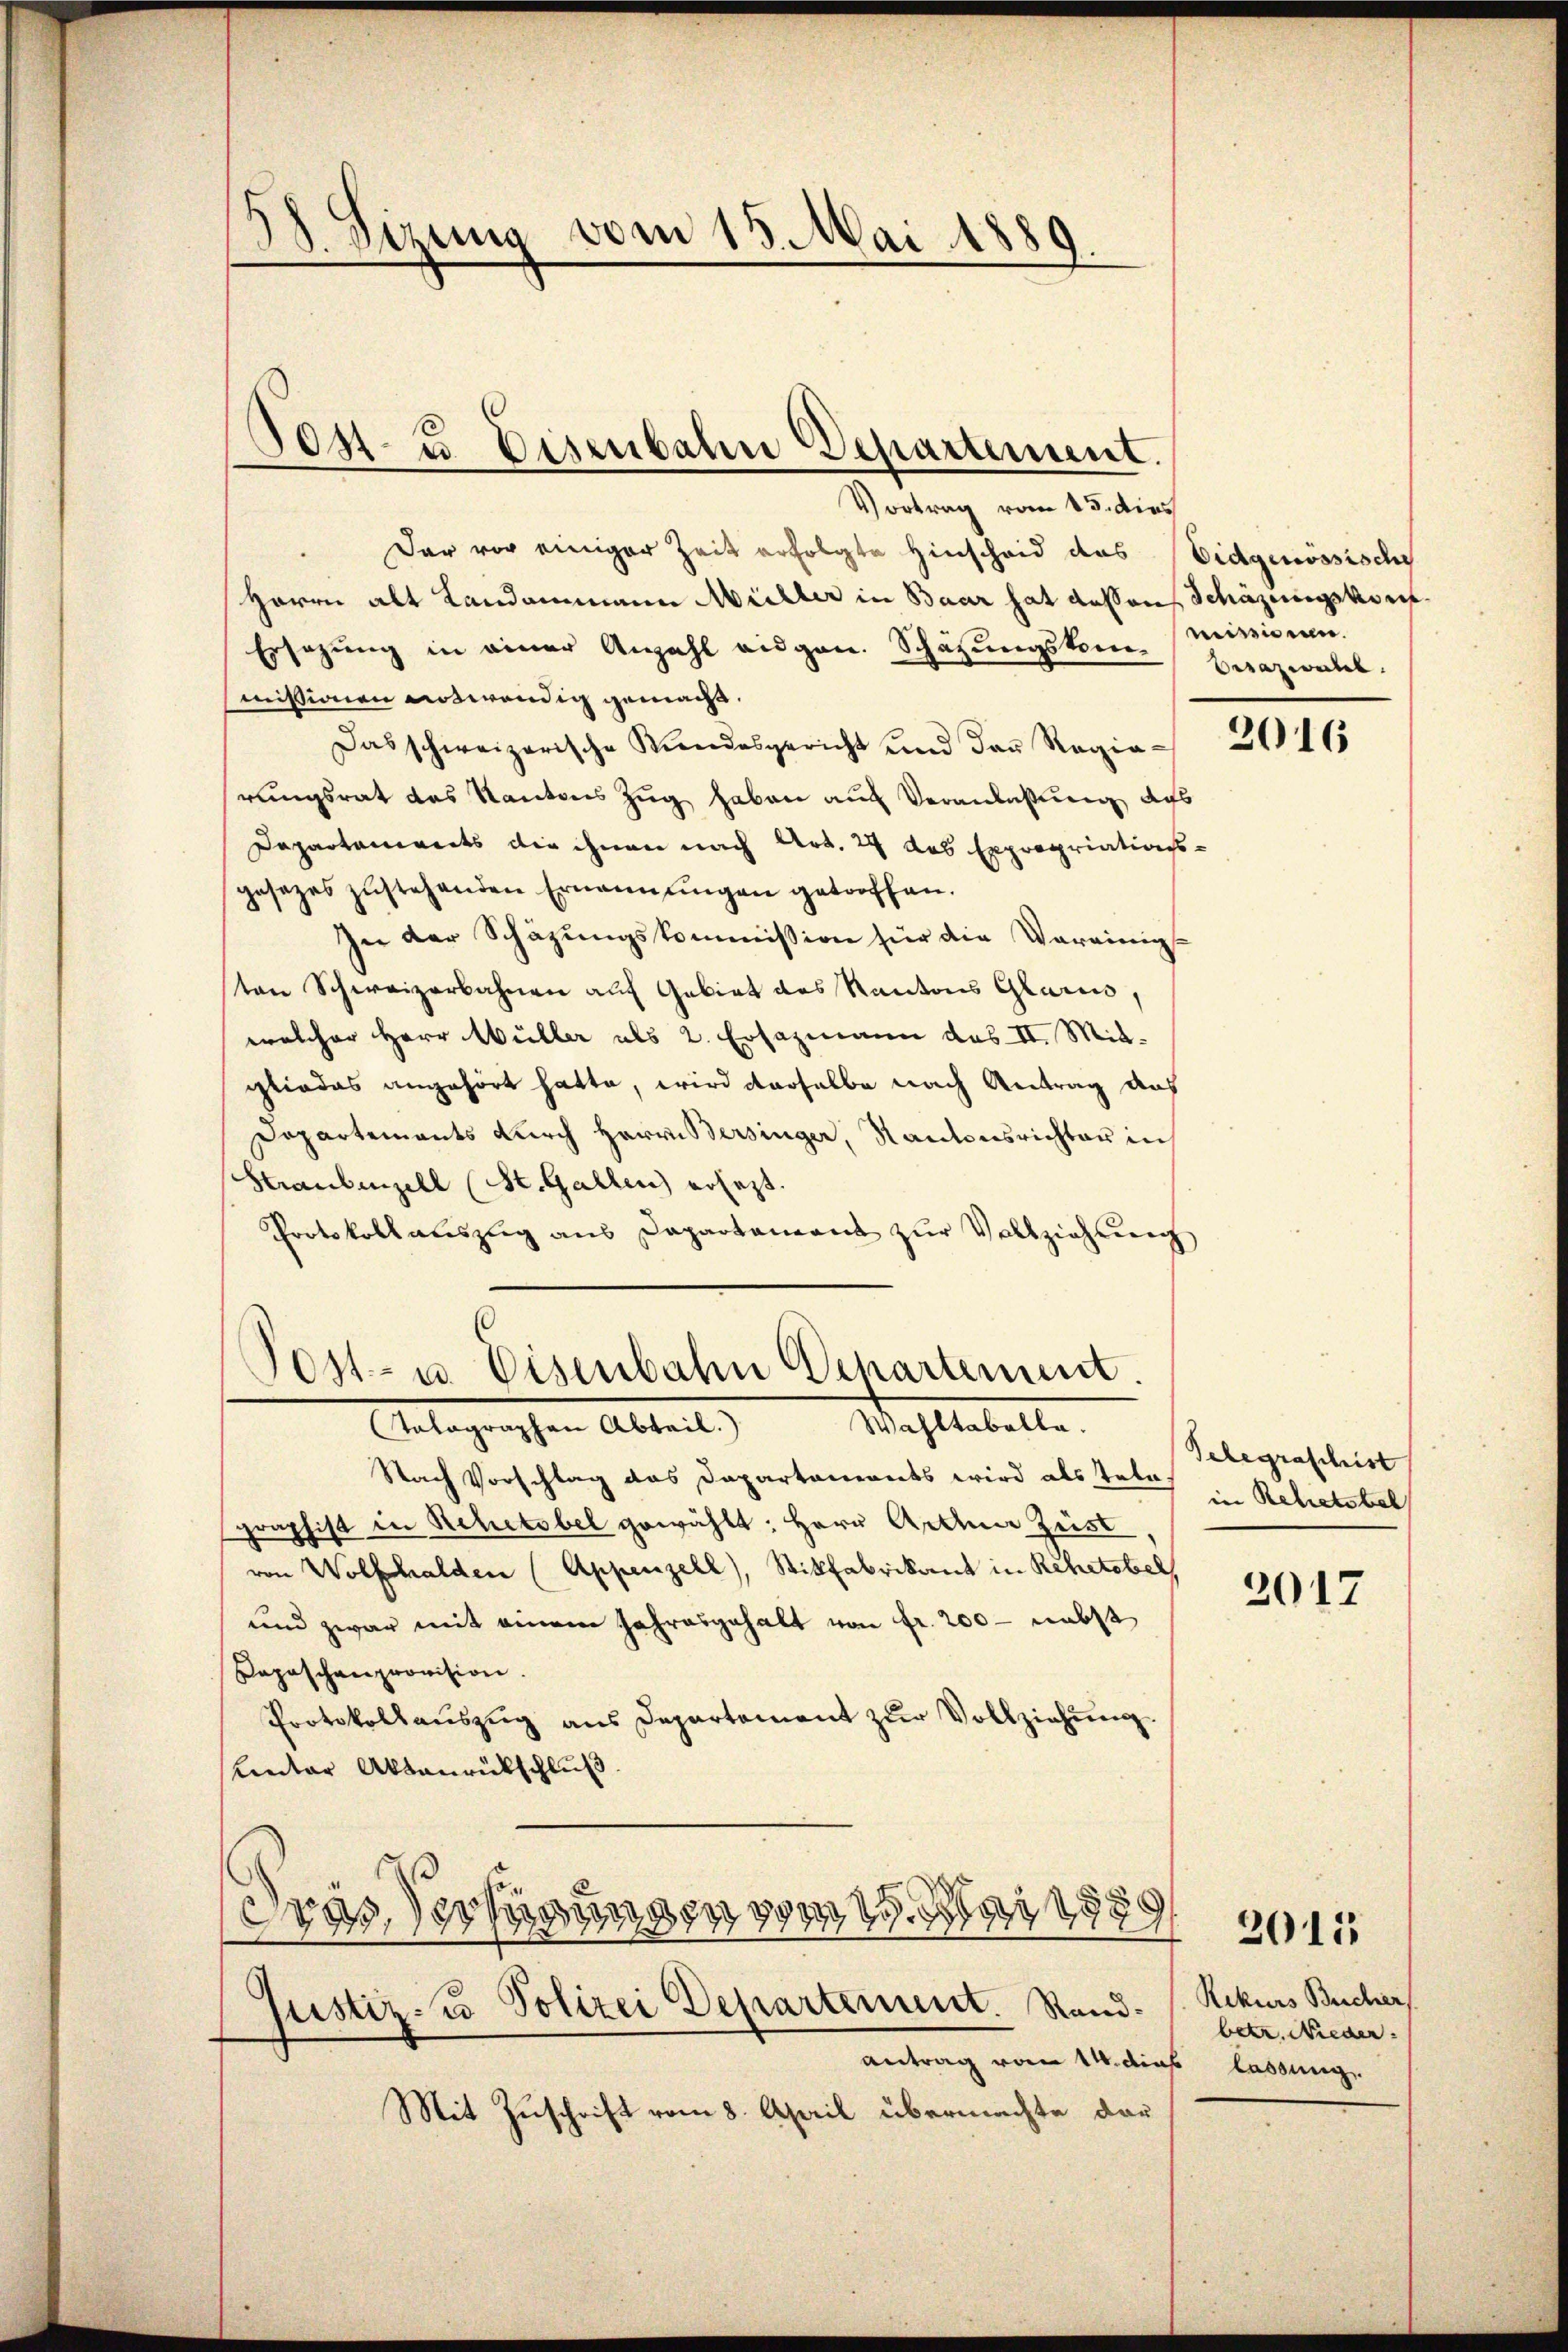
E
1. Sizung vom 15. Mai 1889.

Vortrag vom 15. dies
Der vor einiger Zeit erfolgte Hinscheid des Eidgenössische
Herrn alt Landammann Müller in Baar hat dessen Schäzeungskonf
Ersezung in einer Anzahl eigen. Schätzungskommissionen auswendig gemacht.
Das schweizerische Kindesgericht und das Regia - 31465
rungsrat des Kantons Zug haben auch Veranlassung des
Dapartements die ihnen nach Art. 24 das Expropriationsgesezes zŭstehenden Ernennungen getroffen.
In der Schazungskommission für die Vereinigsten Schweizerbahnen auf Gebiet des Kantons Glarus,
welcher Herr Wüller als 2. Ersazmann das II. Mitgliedes angehört hatte, wird derselbe nach Antrag aus
Dopartements durch Herrn Bersinger, Kantonsrichter in
Straubenzell (St. Gallen ersezt.
Protokoll auszug aus Departement zŭr Vollziehung
Post- u. Eisenbahn Departement.

Jen- u Eisenbahn Departement.

Wahltabelle.
Talographen Abteil.

Nach Vorschlag das Dapartements wird als Tele
graphist in Rehetobel gewählt: Herr Arthner Zust
von Wolfhalden (Appenzell), Willfabrikant in Rehetebel,
und zwar mit einem Jahresgehalt von fr. 200 - nebst
aposchenprovision.
Protokollauszug aus Departement zur Vollziehung.
Unter Aktenrückschluß.
Fras Verfassung 394. 589
Justiz- u Polizei Departement. Randantrag vom 14. dies
Mit Zuschrift vom 8. April übermachte dar

missionen.
birazwahl.

Telegraschist
in Rehetstel

2017

2015

Rekurs Bucher
betr. Nieder.
" lassung.